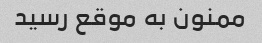
ممنون به موقع رسید